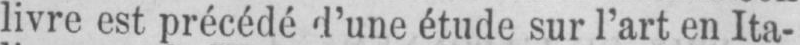
livre est précédé d’une étude sur l’art en Ita-